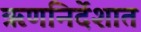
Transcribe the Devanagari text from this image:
ऋणनिर्देशात